Civil Veterinary Dept. Assam report 1927-50 - 1927-1950
Year: 1927
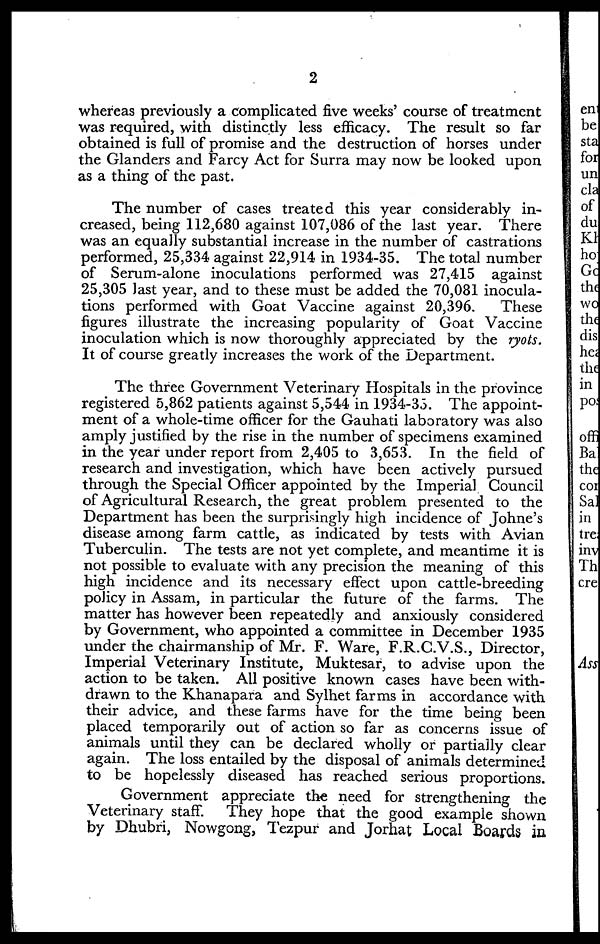
2
whereas previously a complicated five weeks' course of treatment
was required, with distinctly less efficacy. The result so far
obtained is full of promise and the destruction of horses under
the Glanders and Farcy Act for Surra may now be looked upon
as a thing of the past.
The number of cases treated this year considerably in-
creased, being 112,680 against 107,086 of the last year. There
was an equally substantial increase in the number of castrations
performed, 25,334 against 22,914 in 1934-35. The total number
of Serum-alone inoculations performed was 27,415 against
25,305 last year, and to these must be added the 70,081 inocula-
tions performed with Goat Vaccine against 20,396.
These
figures illustrate the increasing popularity of Goat Vaccine
inoculation which is now thoroughly appreciated by the ryots.
It of course greatly increases the work of the Department.
The three Government Veterinary Hospitals in the province
registered 5,862 patients against 5,544 in 1934-35. The appoint-
ment of a whole-time officer for the Gauhati laboratory was also
amply justified by the rise in the number of specimens examined
in the year under report from 2,405 to 3,653. In the field of
research and investigation, which have been actively pursued
through the Special Officer appointed by the Imperial Council
of Agricultural Research, the great problem presented to the
Department has been the surprisingly high incidence of Johne's
disease among farm cattle, as indicated by tests with Avian
Tuberculin. The tests are not yet complete, and meantime it is
not possible to evaluate with any precision the meaning of this
high incidence and its necessary effect upon cattle-breeding
policy in Assam, in particular the future of the farms. The
matter has however been repeatedly and anxiously considered
by Government, who appointed a committee in December 1935
under the chairmanship of Mr. F. Ware, F.R.C.V.S., Director,
Imperial Veterinary Institute, Muktesar, to advise upon the
action to be taken. All positive known eases have been with-
drawn to the Khanapara and Sylhet farms in accordance with
their advice, and these farms have for the time being been
placed temporarily out of action so far as concerns issue of
animals until they can be declared wholly or partially clear
again. The loss entailed by the disposal of animals determined
to be hopelessly diseased has reached serious proportions.
Government appreciate the need for strengthening the
Veterinary staff. They hope that the good example shown
by Dhubri, Nowgong, Tezpur and Jorhat Local Boards in